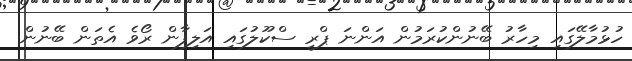
ހުޅުމާލޭގައި މިހާރު ބޭނުންކުރަމުން އަންނަ ޕްރީ ސްކޫލުގައި އަލިފާން ރޯވެ އެތަން ބޭނުން